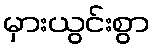
မှားယွင်းစွာ